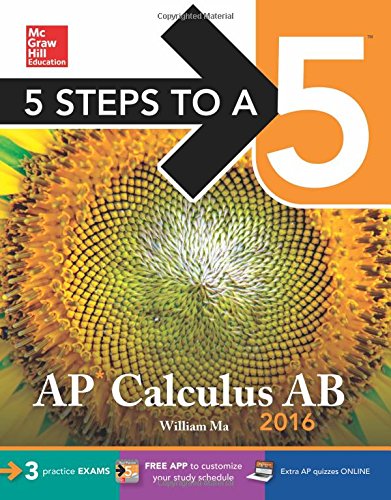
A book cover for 5 Steps to a 5 AP Calculus AB 2016 (5 Steps to a 5 on the Advanced Placement Examinations Series); William Ma; Test Preparation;